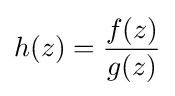
h(z)={\frac {f(z)}{g(z)}}